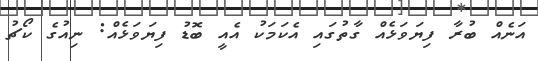
އަނެއް ބުރާ ފިޔަވަޅެއް ގާތުގައި އެކަމަކު އެއީ ބޮޑު ފިޔަވަޅެއް: ނިއުގެ ކޯޗު